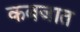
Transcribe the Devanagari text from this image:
कबजात